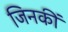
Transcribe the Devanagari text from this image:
जिनकीं